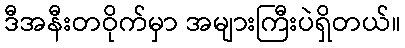
ဒီအနီးတဝိုက်မှာ အများကြီးပဲရှိတယ်။